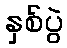
နှစ်ပွဲ